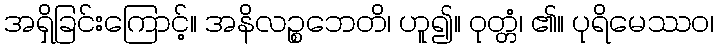
အရှိခြင်းကြောင့်။ အနိလဉ္စဘေတိ၊ ဟူ၍။ ဝုတ္တံ၊ ၏။ ပုရိမေဿဝ၊